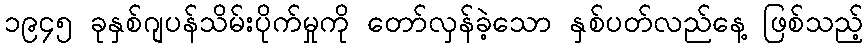
၁၉၄၅ ခုနှစ်ဂျပန်သိမ်းပိုက်မှုကို တော်လှန်ခဲ့သော နှစ်ပတ်လည်နေ့ ဖြစ်သည့်